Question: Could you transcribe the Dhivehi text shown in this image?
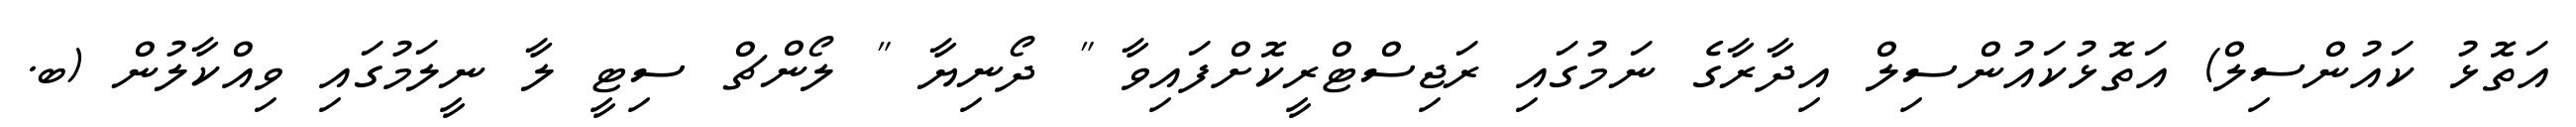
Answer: އަތޮޅު ކައުންސިލް) އަތޮޅުކައުންސިލް އިދާރާގެ ނަމުގައި ރަޖިސްޓްރީކޮށްފައިވާ " ދޯނިޔާ " ލޯންޗް ސިޓީ ލާ ނީލަމުގައި ވިއްކާލުން (ބ.